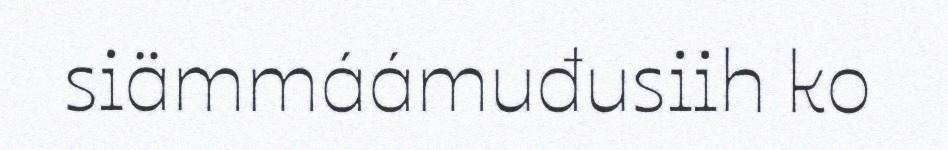
siämmáámuđusiih ko